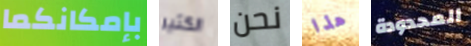
بإمكانكما الكثير نحن هذا المحدودة